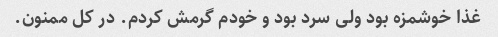
غذا خوشمزه بود ولی سرد بود و خودم گرمش کردم. در کل ممنون.